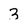
Character: 3